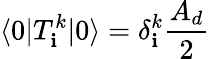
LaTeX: \langle0|T_{\mathbf{i}}^{k}|0\rangle=\delta_{\mathbf{i}}^{k}\frac{{A_{d}}}{{2}}